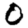
Digit: 0